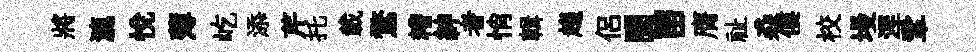
將漉悅薄屹添芹托載鶩糟紳者悄輯趨侶闤㽞膺祉猋僂校墁涅鞏